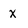
Character: x